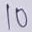
Text: 10